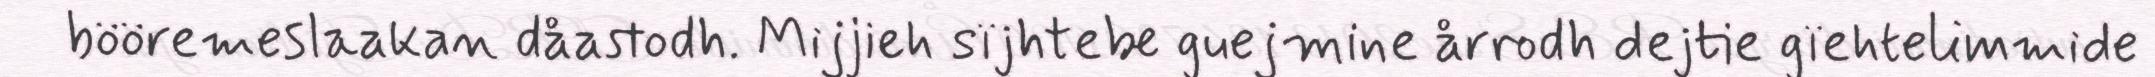
bööremeslaakan dåastodh. Mijjieh sïjhtebe guejmine årrodh dejtie gïehtelimmide